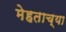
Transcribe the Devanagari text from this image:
मेहताच्या